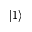
| 1 \rangle